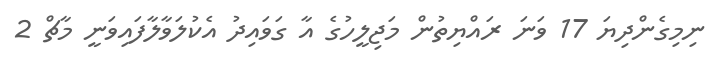
ނިމިގެންދިޔަ 17 ވަނަ ރައްޔިތުން މަޖިލީހުގެ އާ ގަވައިދު އެކުލަވާލާފައިވަނީ މާޗް 2